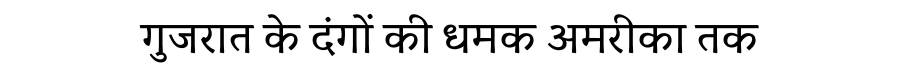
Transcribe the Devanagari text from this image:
गुजरात के दंगों की धमक अमरीका तक